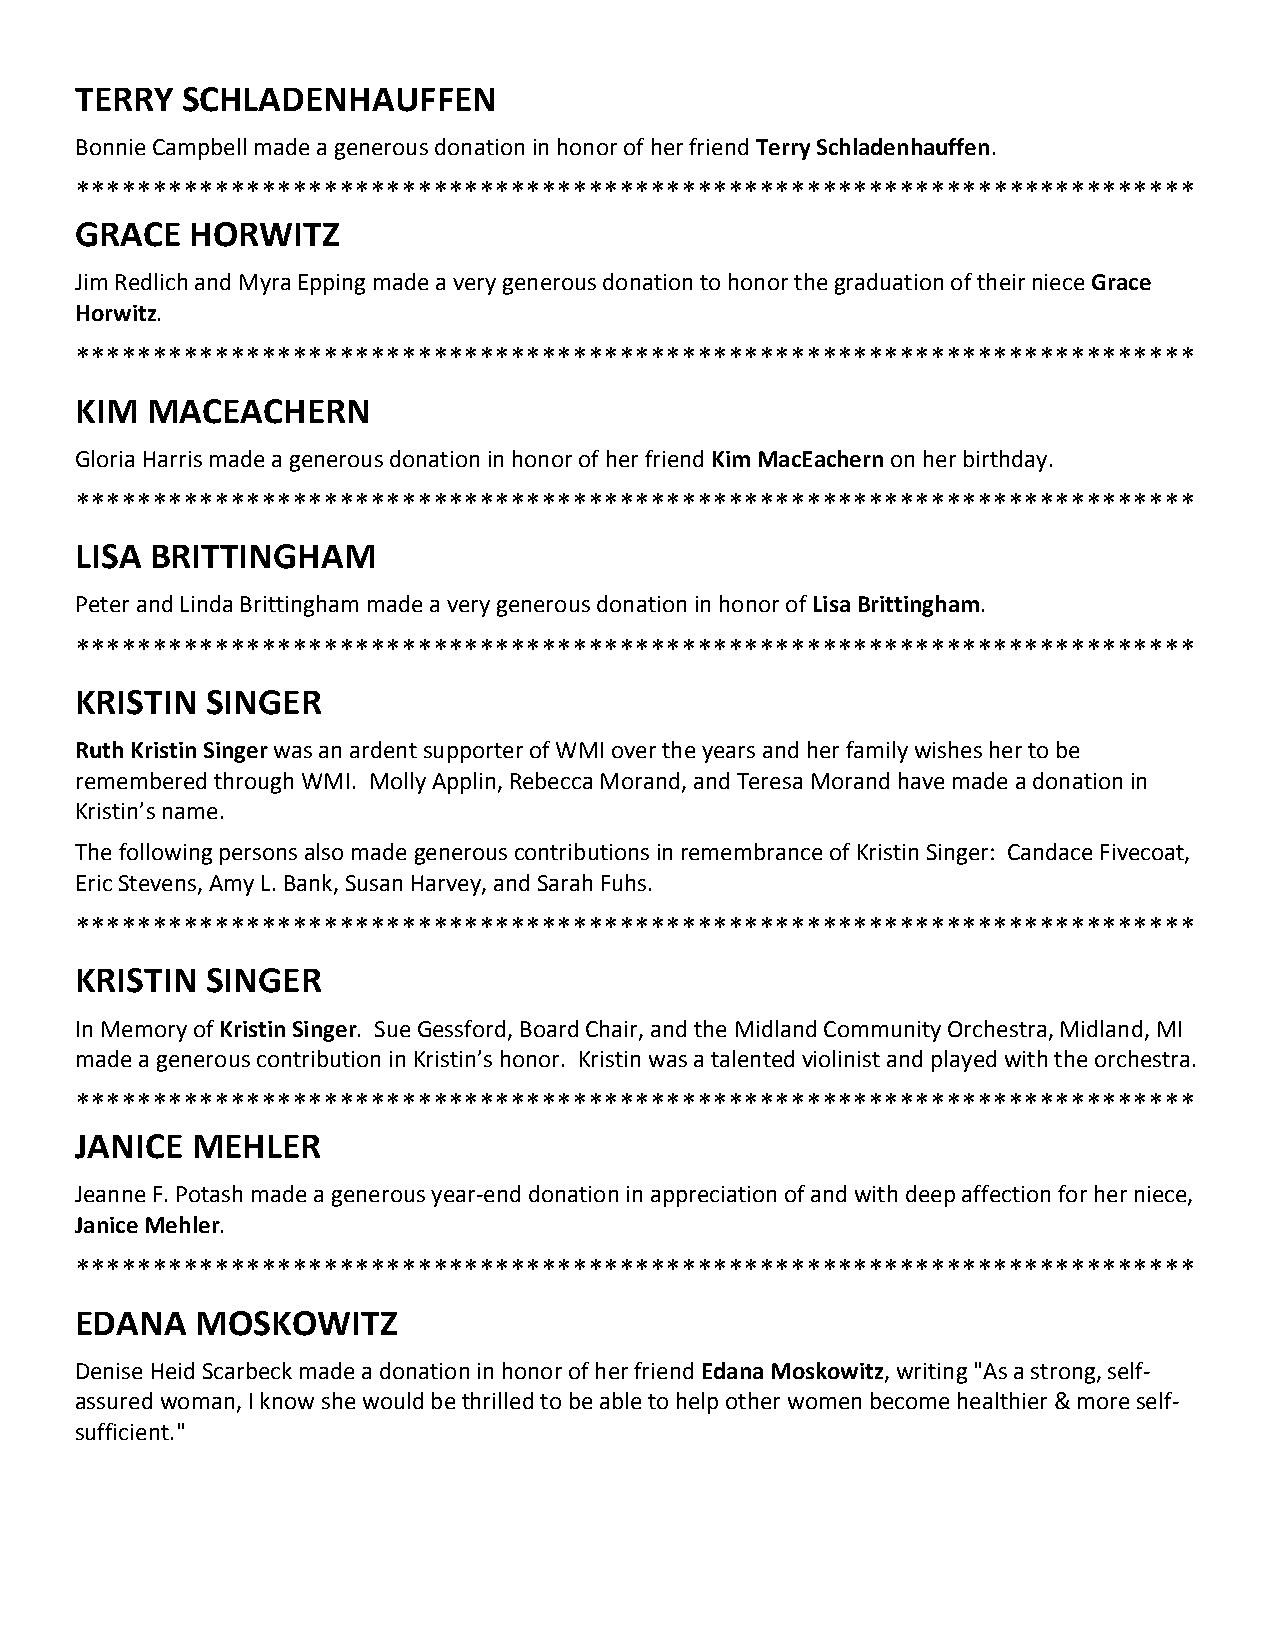
TERRY  SCHLADENHAUFFEN
 Bonnie Campbell made a generous donation in honor of her friend Terry Schladenhauffen.
 ************************************************************************
 GRACE   HORWITZ
 Jim Redlich and Myra Epping made a very generous donation to honor the graduation of their niece Grace
 Horwitz.
 ************************************************************************
 KIM  MACEACHERN
 Gloria Harris made a generous donation in honor of her friend Kim MacEachern on her birthday.
 ************************************************************************
 LISA BRITTINGHAM
 Peter and Linda Brittingham made a very generous donation in honor of Lisa Brittingham.
 ************************************************************************
 KRISTIN  SINGER
 Ruth Kristin Singer was an ardent supporter of WMI over the years and her family wishes her to be
 remembered through WMI. Molly Applin, Rebecca Morand, and Teresa Morand have made a donation in
 Kristin’s name.
 The following persons also made generous contributions in remembrance of Kristin Singer: Candace Fivecoat,
 Eric Stevens, Amy L. Bank, Susan Harvey, and Sarah Fuhs.
 ************************************************************************
 KRISTIN  SINGER
 In Memory of Kristin Singer. Sue Gessford, Board Chair, and the Midland Community Orchestra, Midland, MI
 made a generous contribution in Kristin’s honor. Kristin was a talented violinist and played with the orchestra.
 ************************************************************************
 JANICE  MEHLER
 Jeanne F. Potash made a generous year‐end donation in appreciation of and with deep affection for her niece,
 Janice Mehler.
 ************************************************************************
 EDANA   MOSKOWITZ
 Denise Heid Scarbeck made a donation in honor of her friend Edana Moskowitz, writing "As a strong, self‐
 assured woman, I know she would be thrilled to be able to help other women become healthier & more self‐
 sufficient."